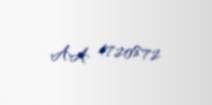
AA 4720872